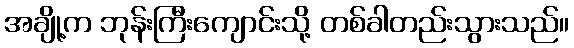
အချို့က ဘုန်းကြီးကျောင်းသို့ တစ်ခါတည်းသွားသည်။